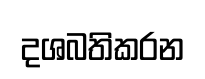
දශබතිකරන